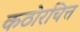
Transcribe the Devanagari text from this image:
कठोरचित्त